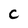
Character: C